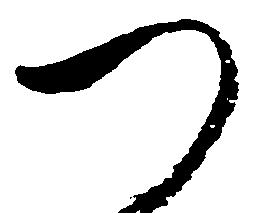
つ